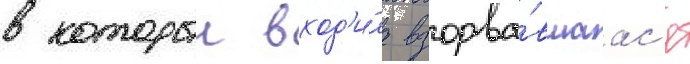
в которыи вход'и́ла взорва́вшаас'я